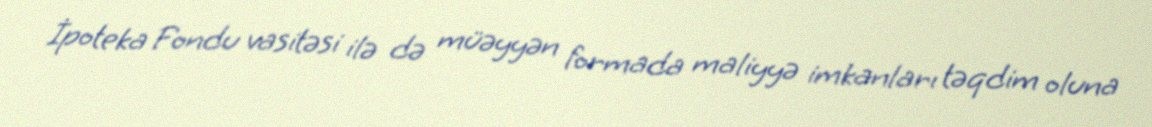
İpoteka Fondu vasitəsi ilə də müəyyən formada maliyyə imkanları təqdim oluna